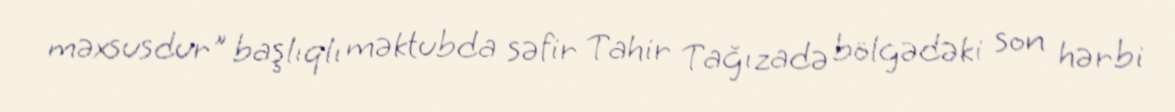
məxsusdur" başlıqlı məktubda səfir Tahir Tağızadə bölgədəki son hərbi